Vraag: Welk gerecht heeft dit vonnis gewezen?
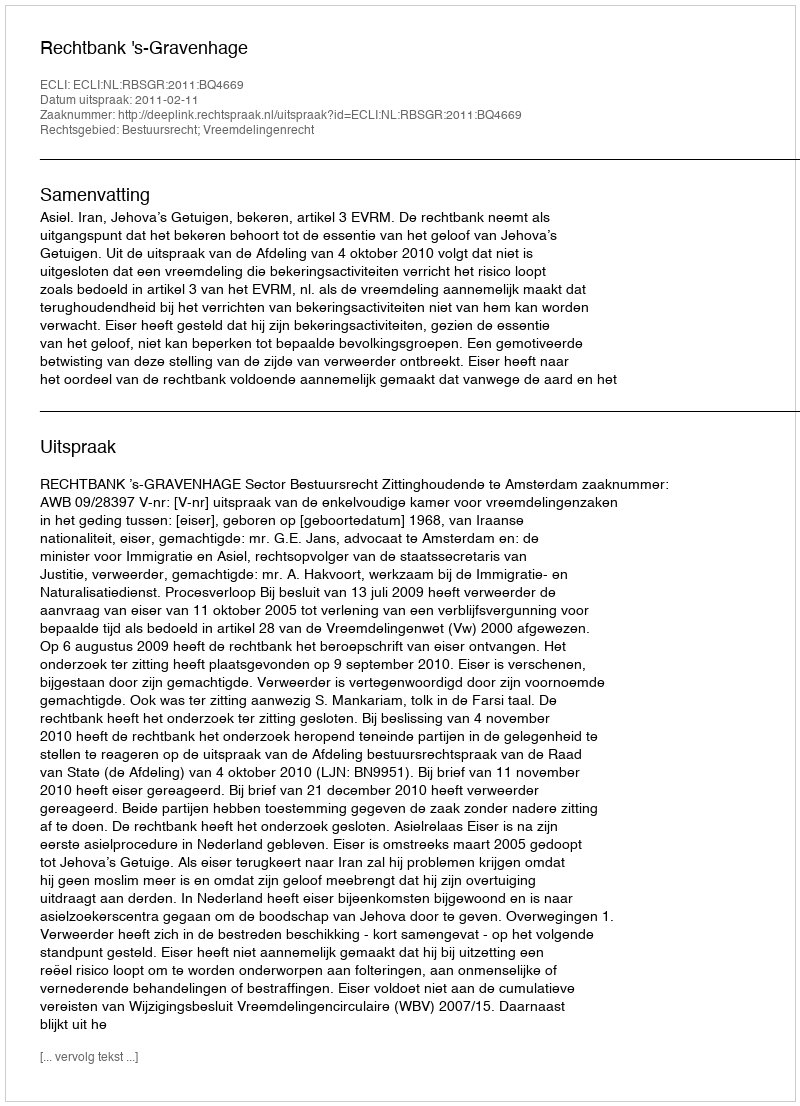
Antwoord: Rechtbank 's-Gravenhage